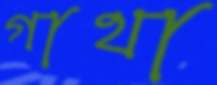
গাথা